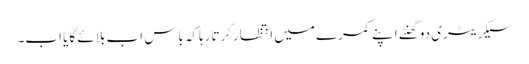
سیکریٹری دوگھنٹے اپنے کمرے میں انتظارکرتارہاکہ باس اب بلائے گایا اب۔